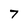
Character: 7